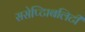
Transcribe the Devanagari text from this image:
ससेप्टिाबलिटी